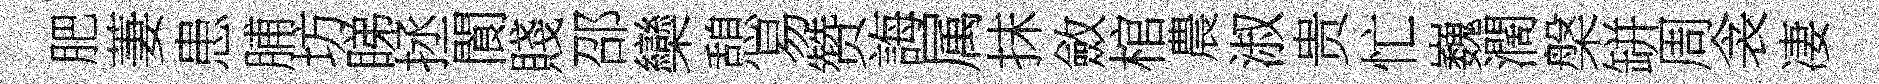
肥萋患脯坊睇拯閬賤邵欒憩易赞誨属抹斂棺農淑贵忙巍濶槃缾周衾凄